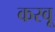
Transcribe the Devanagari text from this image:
करवू